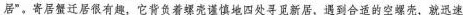
居”。寄居蟹迁居很有趣，它背负着螺壳谨慎地四处寻觅新居，遇到合适的空螺壳，就迅速